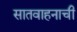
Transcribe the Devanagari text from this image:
सातवाहनाची